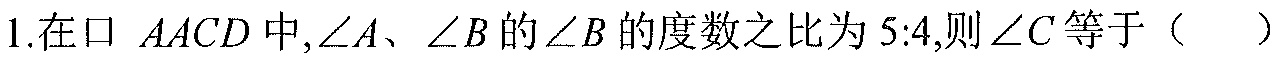
1.在$\square AACD$中,$\angle A$、$\angle B$的$\angle B$的度数之比为$5:4$,则$\angle C$等于（  ）